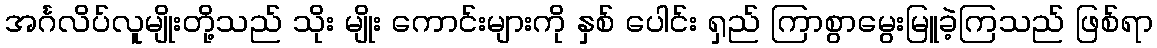
အင်္ဂလိပ်လူမျိုးတို့သည် သိုး မျိုး ကောင်းများကို နှစ် ပေါင်း ရှည် ကြာစွာမွေးမြူခဲ့ကြသည် ဖြစ်ရာ